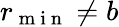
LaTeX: r_{\mathrm{~m~i~n~}}\neq b